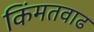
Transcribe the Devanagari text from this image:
किंमतवाढ